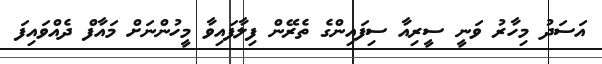
އަސަދު މިހާރު ވަނީ ސީރިއާ ސިފައިންގެ ތެރޭން ފިލާފައިވާ މީހުންނަށް މައާފް ދެއްވައިފަ